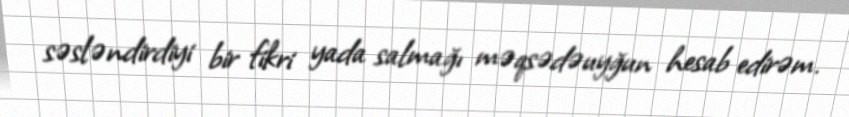
səsləndirdiyi bir fikri yada salmağı məqsədəuyğun hesab edirəm.